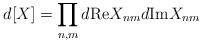
LaTeX: \begin{align*} d[X] = \prod_{n,m} d{\rm Re}X_{nm} d{\rm Im}X_{nm}\end{align*}